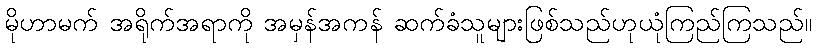
မိုဟာမက် အရိုက်အရာကို အမှန်အကန် ဆက်ခံသူများဖြစ်သည်ဟုယုံကြည်ကြသည်။